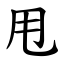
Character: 甩